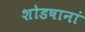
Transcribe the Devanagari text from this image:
शोडषानां